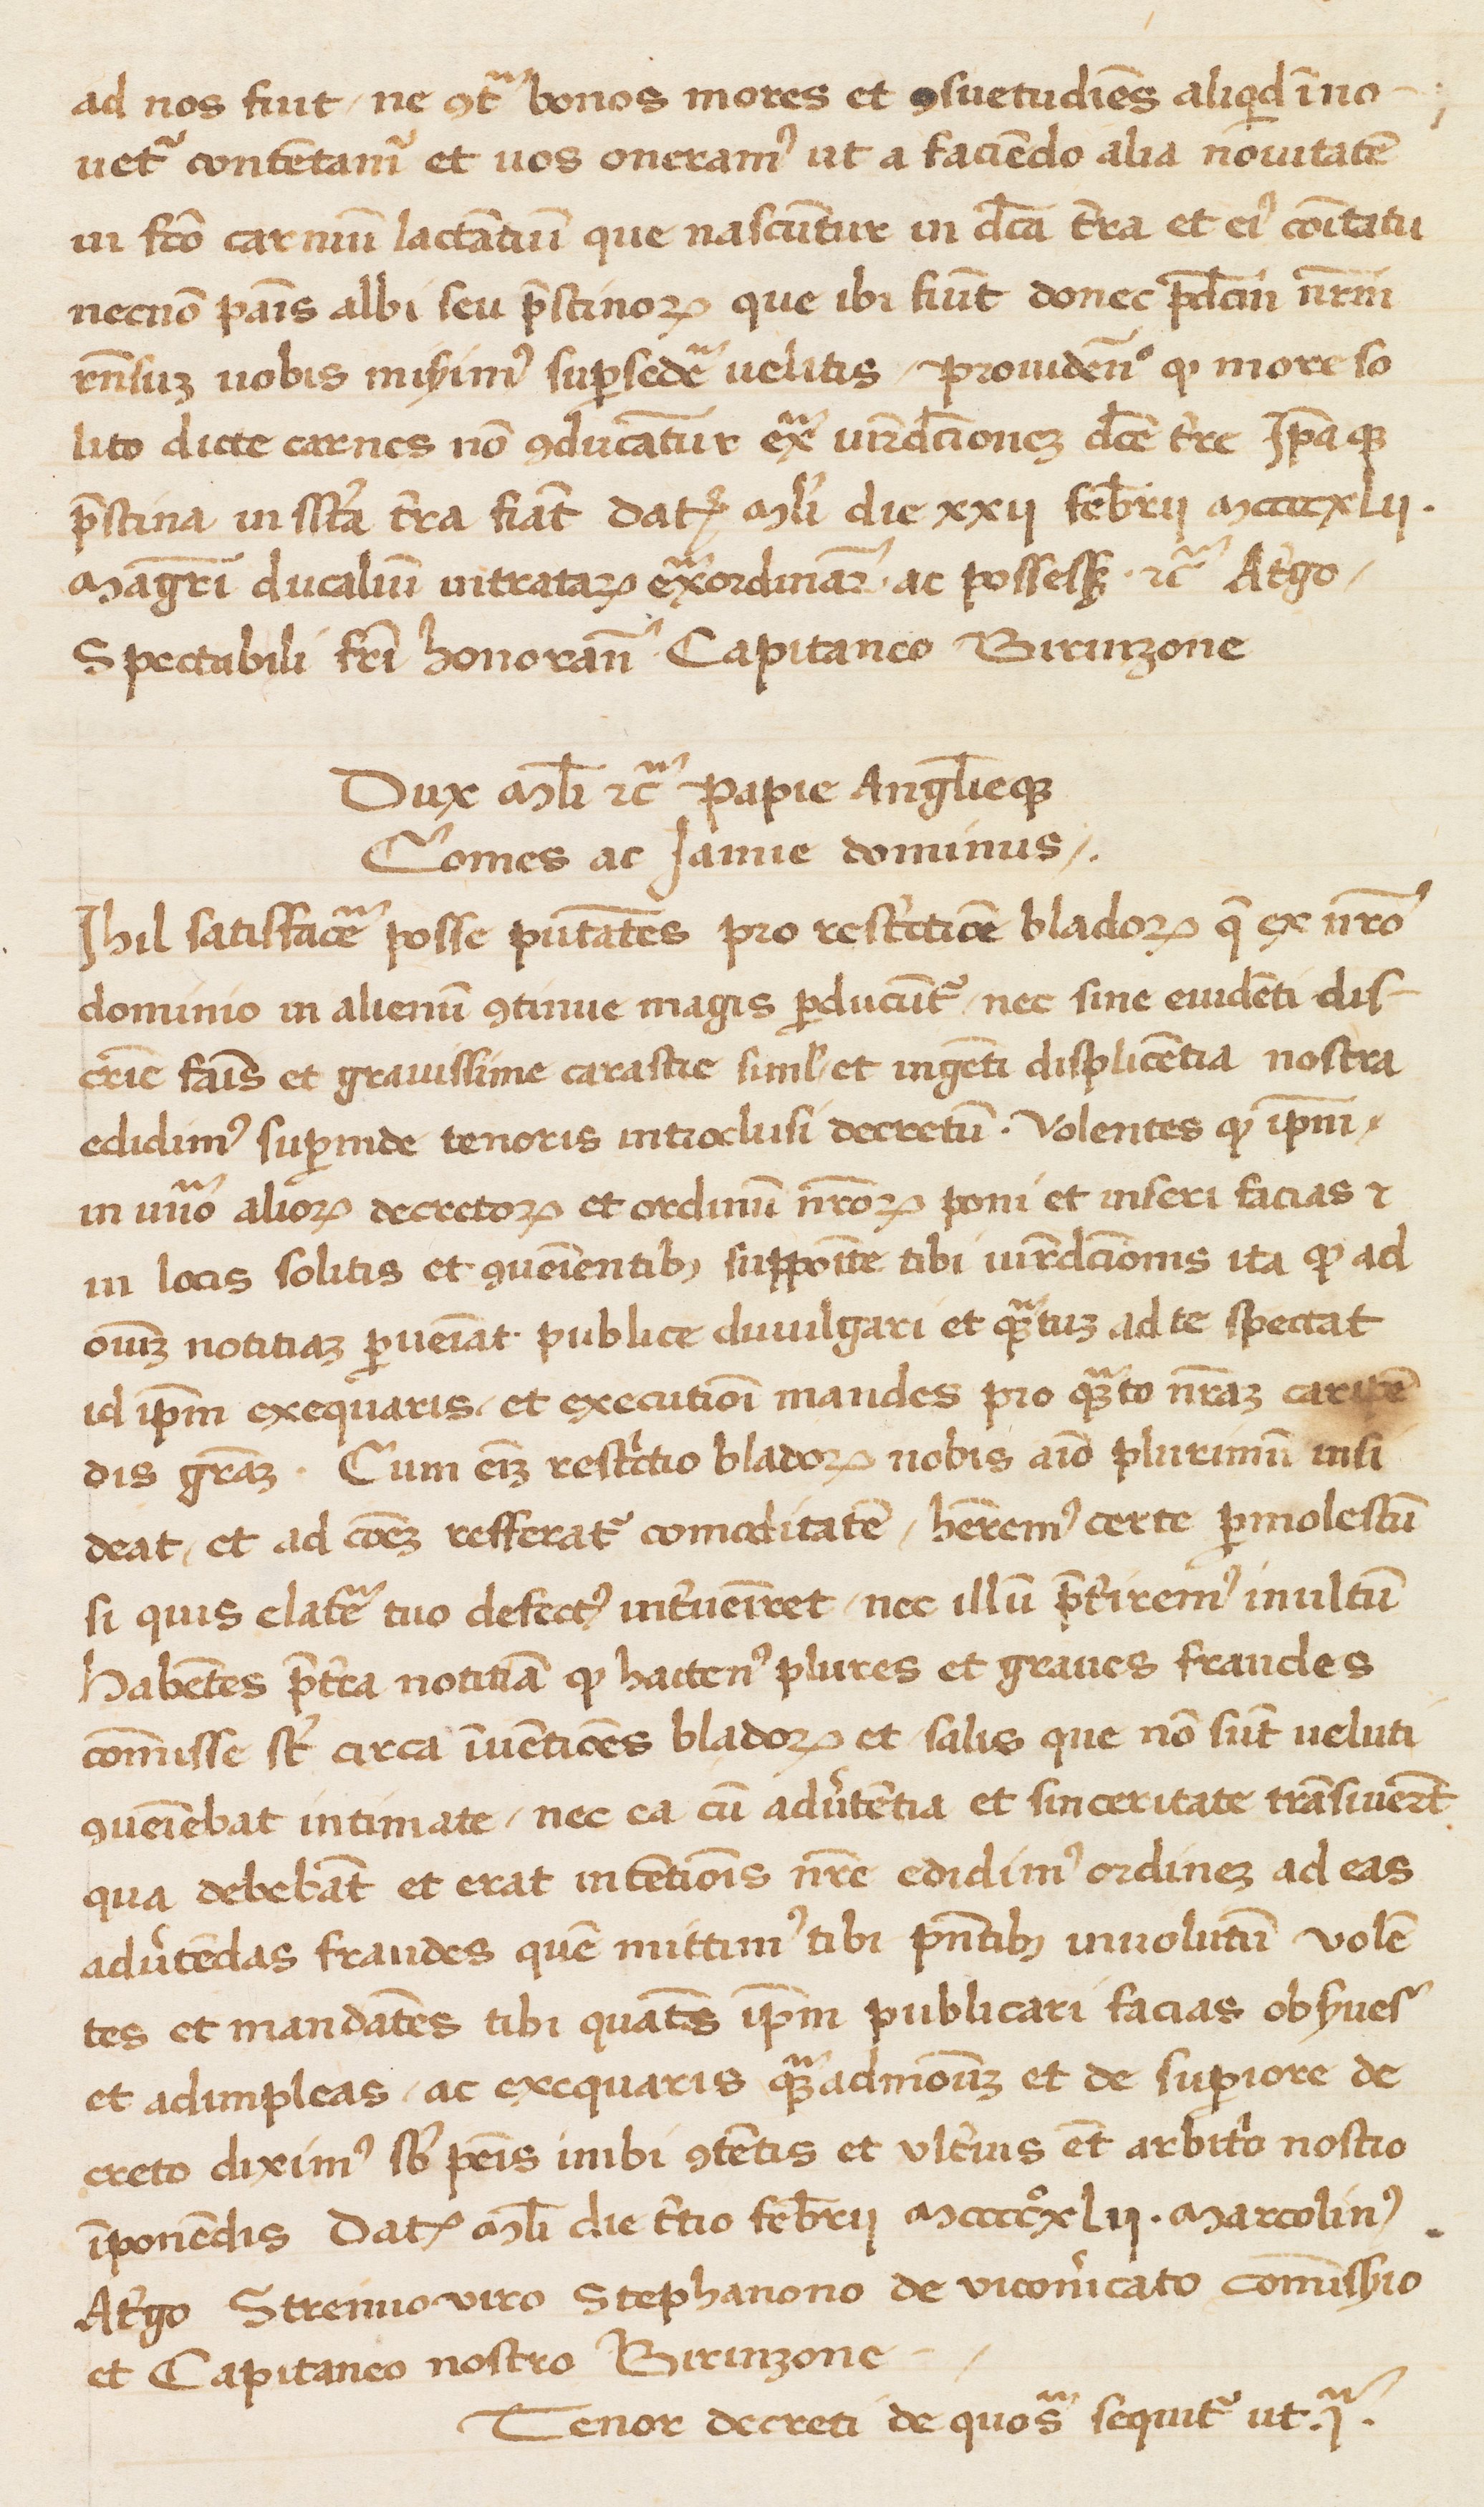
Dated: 1400–1499